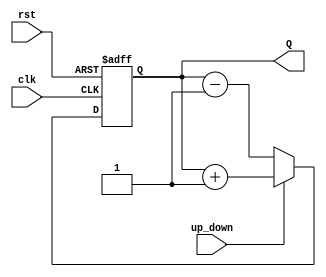
module UpDownCounter (
    input wire clk,            // Clock input
    input wire rst,            // Asynchronous reset
    input wire up_down,        // Up/Down control signal
    output reg [N-1:0] Q       // N-bit counter output
);
    parameter N = 4;           // Set the width of the counter (adjust as needed)

    always @(posedge clk or posedge rst) begin
        if (rst) begin
            Q <= 0;            // Reset counter to 0
        end else begin
            if (up_down) begin
                Q <= Q + 1;    // Increment the counter
            end else begin
                Q <= Q - 1;    // Decrement the counter
            end
        end
    end
endmodule